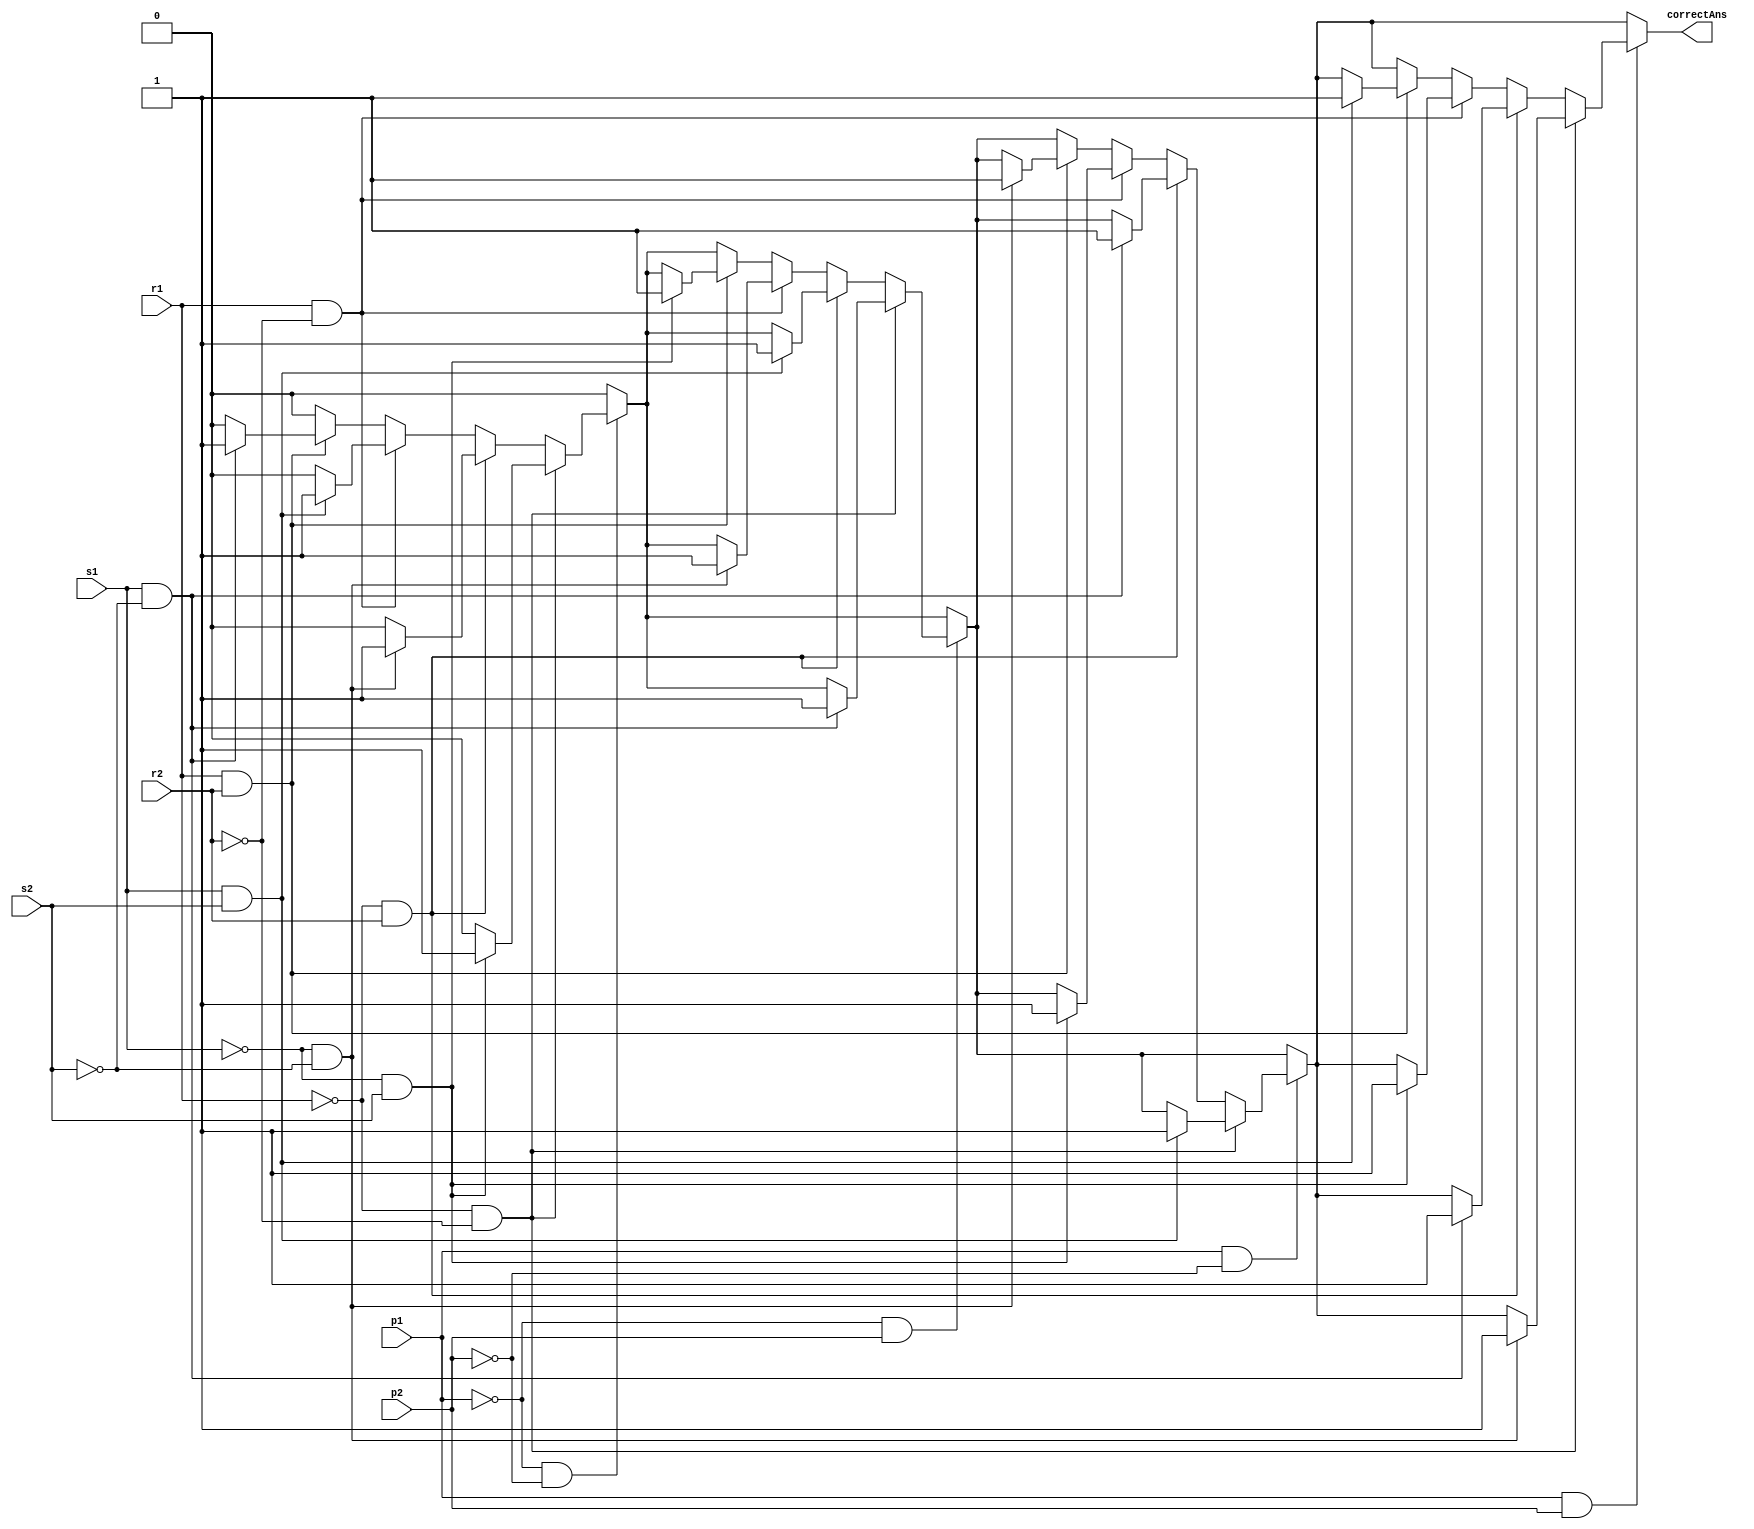
module AnswerCheck(correctAns , s1 , s2 , p1 , p2 , r1 , r2);
	input s1,s2; 			//input answer 00 01 10 11
	input p1,p2;			//input patten 00 01 10 11
	input r1,r2;			//round	00 01 10 11
	output correctAns;		// 1'b1 correct  and 1'b0 worng
	reg correctAns;
	always begin  

	correctAns <= 1'b0;		//alway worng ans
	//------------------------  patten 0 ----------------//
	if((p1 == 1'b0) && (p2 == 1'b0) )					//00 = patten 0 
	begin
		if((r1 == 1'b0) && (r2 == 1'b0))			//00 question 0
		begin
			if((s1 == 1'b0) && (s2 == 1'b1))		//ans 01 = 1
			begin
				correctAns <= 1'b1;
			end
		end
		else if((r1 == 1'b0) && (r2 == 1'b1))		//01 question 1
			begin
			if((s1 == 1'b0) && (s2 == 1'b0))		//ans 00 = 0
				begin
				correctAns <= 1'b1;
				end
			end
		else if((r1 == 1'b1) && (r2 == 1'b0))		//10 question 2
		begin
			if((s1 == 1'b1) && (s2 == 1'b1))		//ans 11 = 3
			begin
				correctAns <= 1'b1;
			end
		end
		else if((r1 == 1'b1) && (r2 == 1'b1))		//11 question 3
		begin
			if((s1 == 1'b1) && (s2 == 1'b0))		//ans 10 = 2
			begin
				correctAns <= 1'b1;
			end
		end
	end

	//------------------------  patten 1 ----------------//
	if((p1 == 1'b0) && (p2 == 1'b1))					//01 = patten 1
	begin
		if((r1 == 1'b0) && (r2 == 1'b0))			//00 question 0
		begin
			if((s1 == 1'b1) && (s2 == 1'b0))		//ans 10 = 2
			begin
				correctAns <= 1'b1;
			end
		end
		else if((r1 == 1'b0) && (r2 == 1'b1))		//01 question 1
		begin
			if((s1 == 1'b1) && (s2 == 1'b1))		//ans 11 = 3
			begin
				correctAns <= 1'b1;
			end
		end
		else if((r1 == 1'b1) && (r2 == 1'b0))		//10 question 2
		begin
			if((s1 == 1'b0) && (s2 == 1'b0))		//ans 00 = 0
			begin
				correctAns <= 1'b1;
			end
		end
		else if((r1 == 1'b1) && (r2 == 1'b1))		//11 question 3
		begin
			if((s1 == 1'b0) && (s2 == 1'b1))		//ans 01 = 1
			begin
				correctAns <= 1'b1;
			end
		end
	end
	
	//------------------------  patten 2 ----------------//
	if((p1 == 1'b1) && (p2 == 1'b0))					//10 = patten 2
	begin
		if((r1 == 1'b0) && (r2 == 1'b0))			//00 question 0
		begin
			if((s1 == 1'b1) && (s2 == 1'b1))		//ans 11 = 3 
			begin
				correctAns <= 1'b1;
			end
		end
		else if((r1 == 1'b0) && (r2 == 1'b1))		//01 question 1
		begin
			if((s1 == 1'b1) && (s2 == 1'b0))		//ans 10 = 2
			begin
				correctAns <= 1'b1;
			end
		end
		else if((r1 == 1'b1) && (r2 == 1'b0))		//10 question 2
		begin
			if((s1 == 1'b0) && (s2 == 1'b1))		//ans 01 = 1
			begin
				correctAns <= 1'b1;
			end
		end
		else if((r1 == 1'b1) && (r2 == 1'b1))		//11 question 3
		begin
			if((s1 == 1'b0) && (s2 == 1'b0))		//ans 00 = 0
			begin
				correctAns <= 1'b1;
			end
		end
	end
	//------------------------  patten 3 ----------------//
	if((p1 == 1'b1) && (p2 == 1'b1))					//11 = patten 3
	begin
		if((r1 == 1'b0) && (r2 == 1'b0))			//00 question 0
		begin
			if((s1 == 1'b0) && (s2 == 1'b0))		//ans 00 = 0
			begin
				correctAns <= 1'b1;
			end
		end
		else if((r1 == 1'b0) && (r2 == 1'b1))		//01 question 1
		begin
			if((s1 == 1'b1) && (s2 == 1'b0))		//ans 10 = 2
			begin
				correctAns <= 1'b1;
			end
		end
		else if((r1 == 1'b1) && (r2 == 1'b0))		//10 question 2
		begin
			if((s1 == 1'b0) && (s2 == 1'b1))		//ans 01 = 1
			begin
				correctAns <= 1'b1;
			end
		end
		else if((r1 == 1'b1) && (r2 == 1'b1))		//11 question 3
		begin
			if((s1 == 1'b1) && (s2 == 1'b1))		//ans 11 = 0
			begin
				correctAns <= 1'b1;
			end
		end
	end
	 end

endmodule